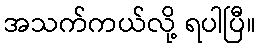
အသက်ကယ်လို့ ရပါပြီ။